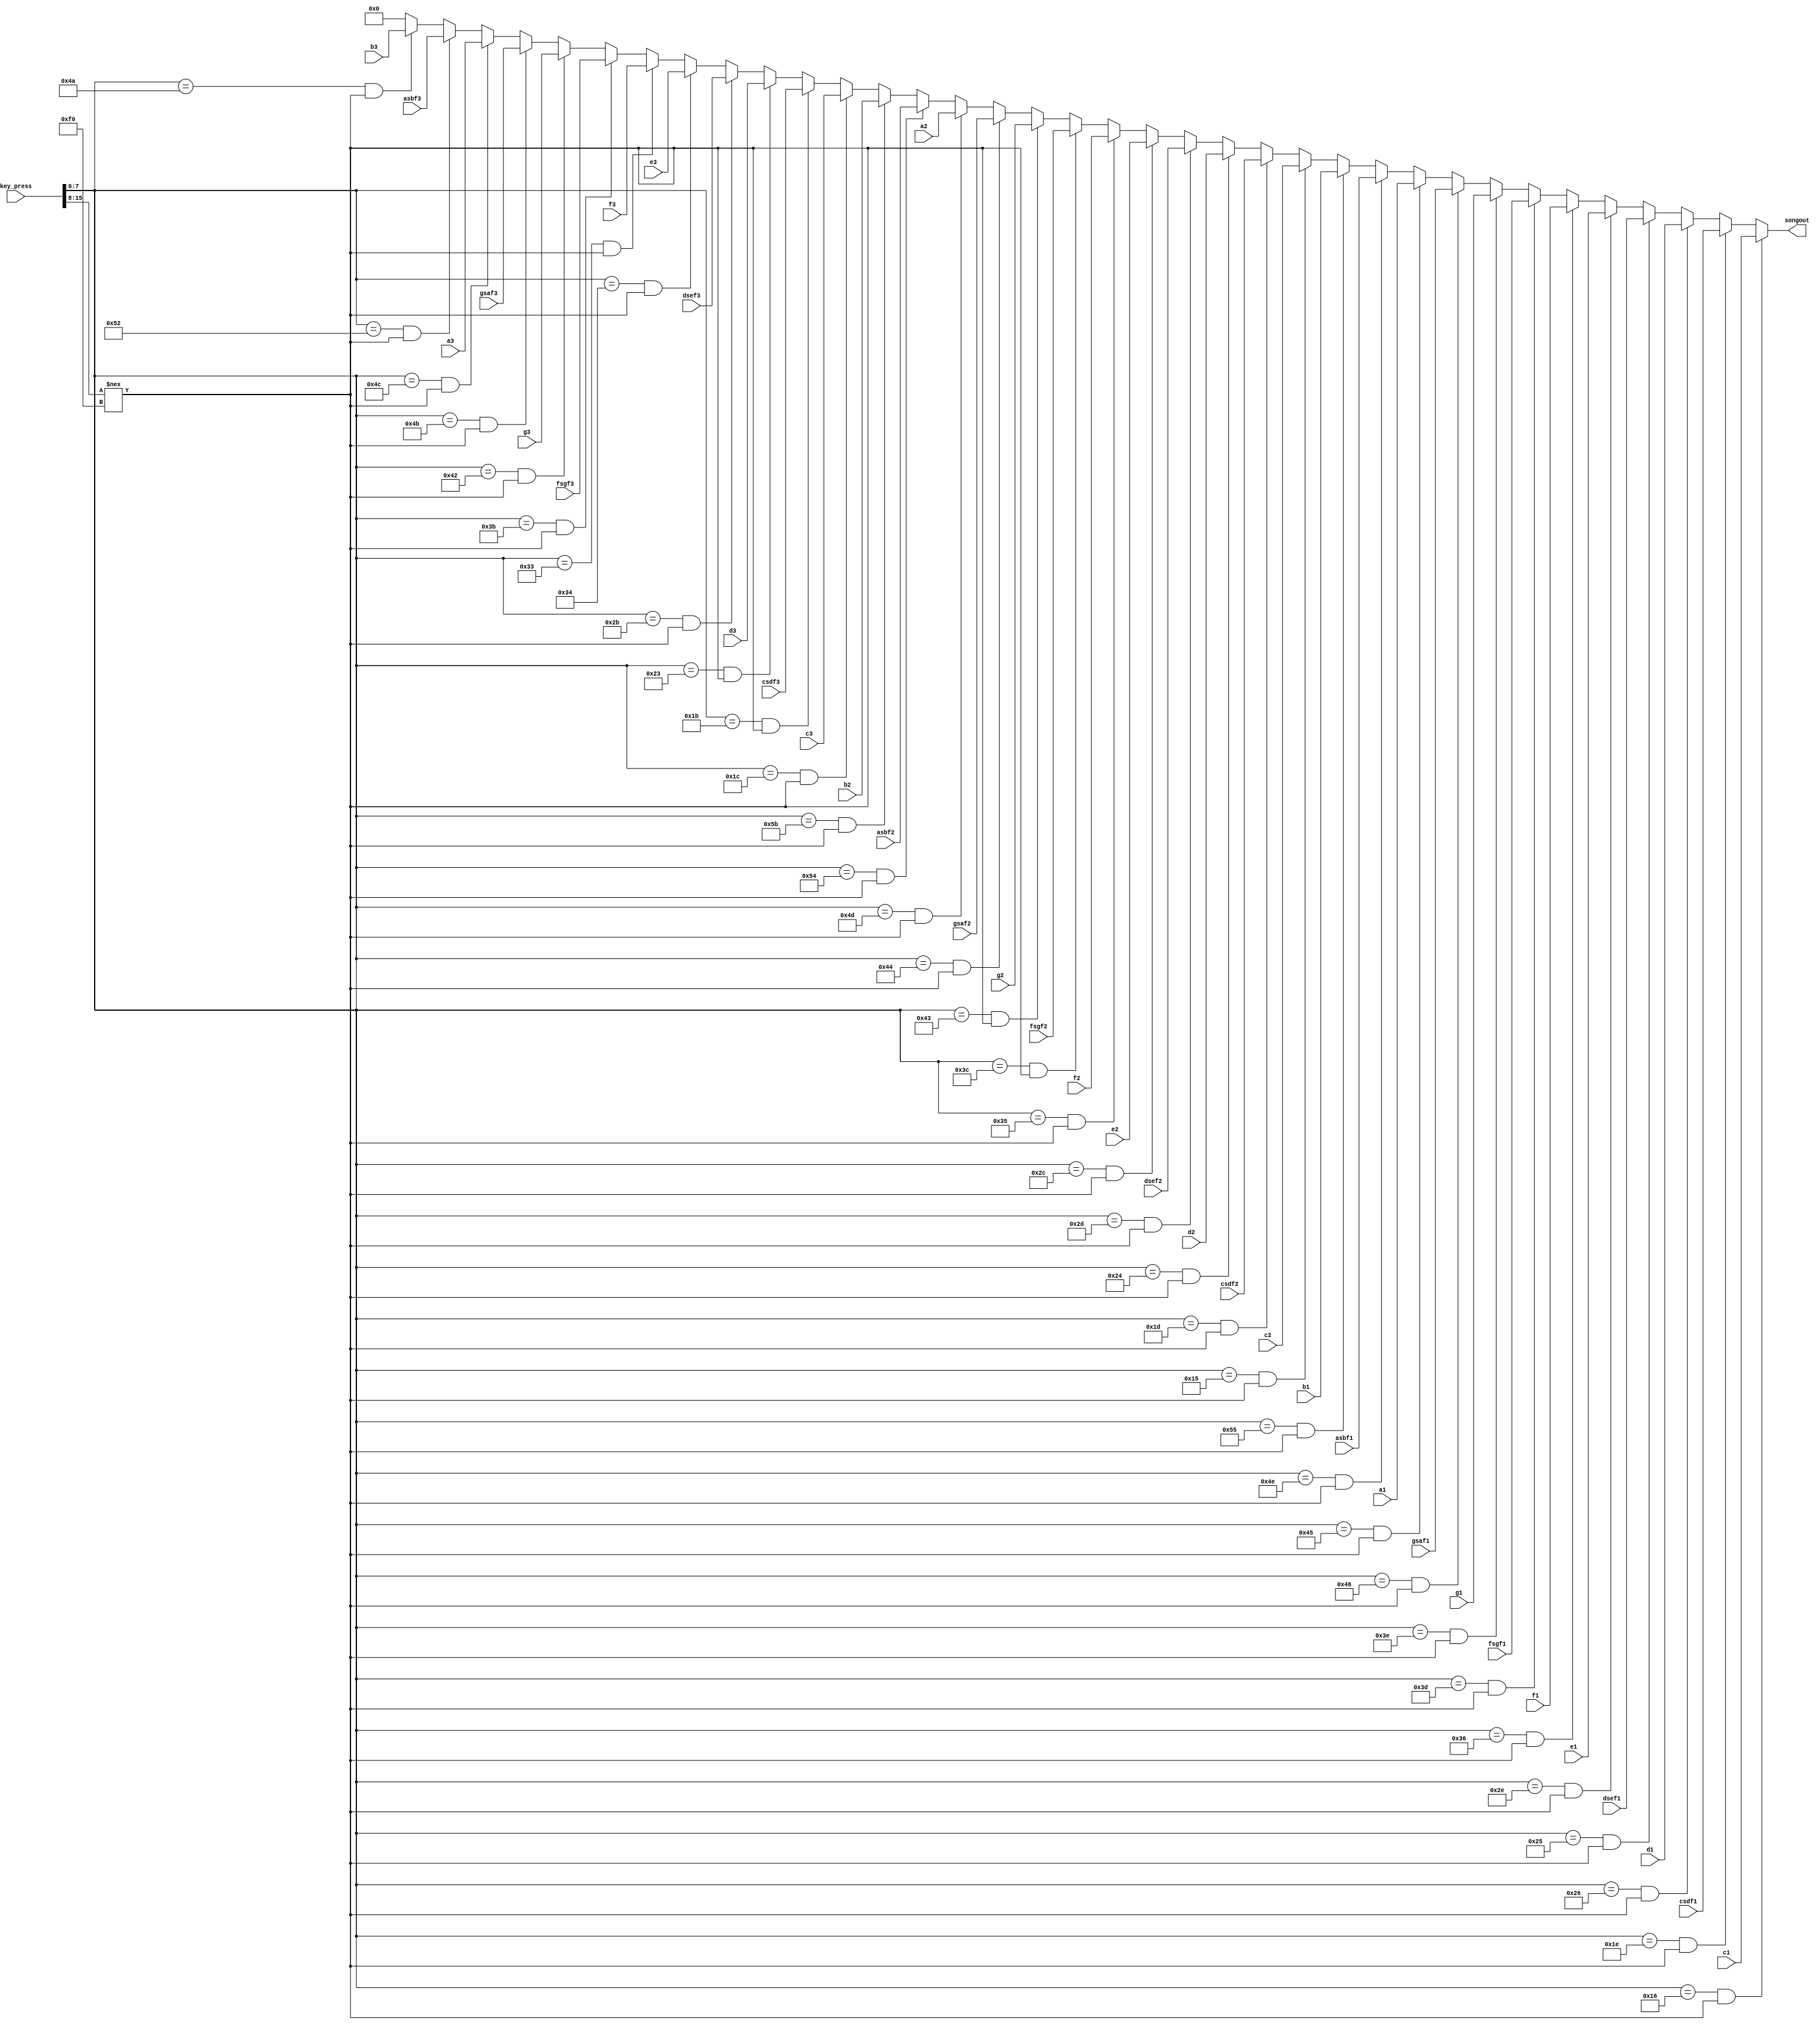
module square_wave_synthesizer(
input [15:0] key_press,
output reg [15:0] songout,

input [15:0] c1,
input [15:0] csdf1,
input [15:0] d1,
input [15:0] dsef1,
input [15:0] e1,
input [15:0] f1,
input [15:0] fsgf1,
input [15:0] g1,
input [15:0] gsaf1,
input [15:0] a1,
input [15:0] asbf1,
input [15:0] b1,

input [15:0] c2,
input [15:0] csdf2,
input [15:0] d2,
input [15:0] dsef2,
input [15:0] e2,
input [15:0] f2,
input [15:0] fsgf2,
input [15:0] g2,
input [15:0] gsaf2,
input [15:0] a2,
input [15:0] asbf2,
input [15:0] b2,

input [15:0] c3,
input [15:0] csdf3,
input [15:0] d3,
input [15:0] dsef3,
input [15:0] e3,
input [15:0] f3,
input [15:0] fsgf3,
input [15:0] g3,
input [15:0] gsaf3,
input [15:0] a3,
input [15:0] asbf3,
input [15:0] b3
);

always @(*)
begin
	if ((key_press [7:0] == 8'h16) && (key_press [15:8] !== 8'hf0))
		songout = c1;
	
	else if ((key_press [7:0] == 8'h1e)&& (key_press [15:8] !== 8'hf0))
		songout = csdf1;
	
	else if ((key_press [7:0] == 8'h26)&& (key_press [15:8] !== 8'hf0))
		songout = d1;
	
	else if ((key_press [7:0] == 8'h25)&& (key_press [15:8] !== 8'hf0))
		songout = dsef1;
	
	else if ((key_press [7:0] == 8'h2e)&& (key_press [15:8] !== 8'hf0))
		songout = e1;
	
	else if ((key_press [7:0] == 8'h36)&& (key_press [15:8] !== 8'hf0))
		songout = f1;
	
	else if ((key_press [7:0] == 8'h3d)&& (key_press [15:8] !== 8'hf0))
		songout = fsgf1;
	
	else if ((key_press [7:0] == 8'h3e)&& (key_press [15:8] !== 8'hf0))
		songout = g1;
	
	else if ((key_press [7:0] == 8'h46)&& (key_press [15:8] !== 8'hf0))
		songout = gsaf1;
	
	else if ((key_press [7:0] == 8'h45)&& (key_press [15:8] !== 8'hf0))
		songout = a1;
	
	else if ((key_press [7:0] == 8'h4e)&& (key_press [15:8] !== 8'hf0))
		songout = asbf1;
	
	else if ((key_press [7:0] == 8'h55)&& (key_press [15:8] !== 8'hf0))
		songout = b1;
	
	
	else if ((key_press [7:0] == 8'h15)&& (key_press [15:8] !== 8'hf0))
		songout = c2;
	
	else if ((key_press [7:0] == 8'h1d)&& (key_press [15:8] !== 8'hf0))
		songout = csdf2;
	
	else if ((key_press [7:0] == 8'h24)&& (key_press [15:8] !== 8'hf0))
		songout = d2;
	
	else if ((key_press [7:0] == 8'h2d)&& (key_press [15:8] !== 8'hf0))
		songout = dsef2;
	
	else if ((key_press [7:0] == 8'h2c)&& (key_press [15:8] !== 8'hf0))
		songout = e2;
	
	else if ((key_press [7:0] == 8'h35)&& (key_press [15:8] !== 8'hf0))
		songout = f2;
	
	else if ((key_press [7:0] == 8'h3c)&& (key_press [15:8] !== 8'hf0))
		songout = fsgf2;
	
	else if ((key_press [7:0] == 8'h43)&& (key_press [15:8] !== 8'hf0))
		songout = g2;
	
	else if ((key_press [7:0] == 8'h44)&& (key_press [15:8] !== 8'hf0))
		songout = gsaf2;
	
	else if ((key_press [7:0] == 8'h4d)&& (key_press [15:8] !== 8'hf0))
		songout = a2;
	
	else if ((key_press [7:0] == 8'h54)&& (key_press [15:8] !== 8'hf0))
		songout = asbf2;
	
	else if ((key_press [7:0] == 8'h5b)&& (key_press [15:8] !== 8'hf0))
		songout = b2;

		
	else if ((key_press [7:0] == 8'h1c)&& (key_press [15:8] !== 8'hf0))
		songout = c3;
	
	else if ((key_press [7:0] == 8'h1b)&& (key_press [15:8] !== 8'hf0))
		songout = csdf3;
	
	else if ((key_press [7:0] == 8'h23)&& (key_press [15:8] !== 8'hf0))
		songout = d3;
	
	else if ((key_press [7:0] == 8'h2b)&& (key_press [15:8] !== 8'hf0))
		songout = dsef3;
	
	else if ((key_press [7:0] == 8'h34)&& (key_press [15:8] !== 8'hf0))
		songout = e3;
	
	else if ((key_press [7:0] == 8'h33)&& (key_press [15:8] !== 8'hf0))
		songout = f3;
	
	else if ((key_press [7:0] == 8'h3b)&& (key_press [15:8] !== 8'hf0))
		songout = fsgf3;
	
	else if ((key_press [7:0] == 8'h42)&& (key_press [15:8] !== 8'hf0))
		songout = g3;
	
	else if ((key_press [7:0] == 8'h4b)&& (key_press [15:8] !== 8'hf0))
		songout = gsaf3;
	
	else if ((key_press [7:0] == 8'h4c)&& (key_press [15:8] !== 8'hf0))
		songout = a3;
	
	else if ((key_press [7:0] == 8'h52)&& (key_press [15:8] !== 8'hf0))
		songout = asbf3;
	
	else if ((key_press [7:0] == 8'h4a)&& (key_press [15:8] !== 8'hf0))
		songout = b3;

	
	else
		songout = 16'b0;
end

endmodule